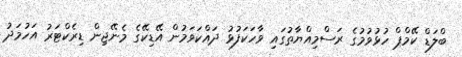
ބްލަޑް ކޭމްޕް ހުޅުވުމުގެ ރަސްމިއްޔާތުގައި ވާހަކަފުޅު ދައްކަވަމުން އޭޑިކޭގެ މެނޭޖިން ޑިރެކްޓަރު އަހުމަދު